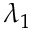
\lambda _ { 1 }